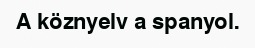
A köznyelv a spanyol.